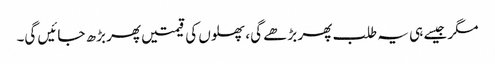
مگر جیسے ہی یہ طلب پھر بڑھے گی، پھلوں کی قیمتیں پھر بڑھ جائیں گی۔